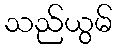
သည်ယွမ်